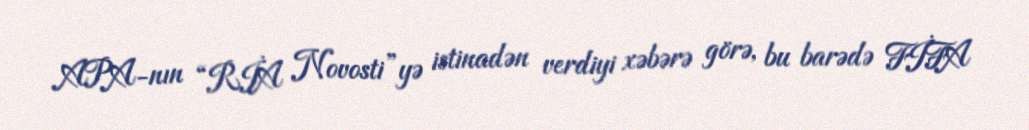
APA-nın “RİA Novosti”yə istinadən verdiyi xəbərə görə, bu barədə FİFA